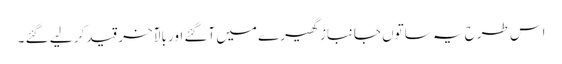
اس طرح یہ ساتوں جانباز گھیرے میں آگئے اور بالآخر قید کر لیے گئے ۔